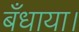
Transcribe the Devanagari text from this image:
बँधाया।